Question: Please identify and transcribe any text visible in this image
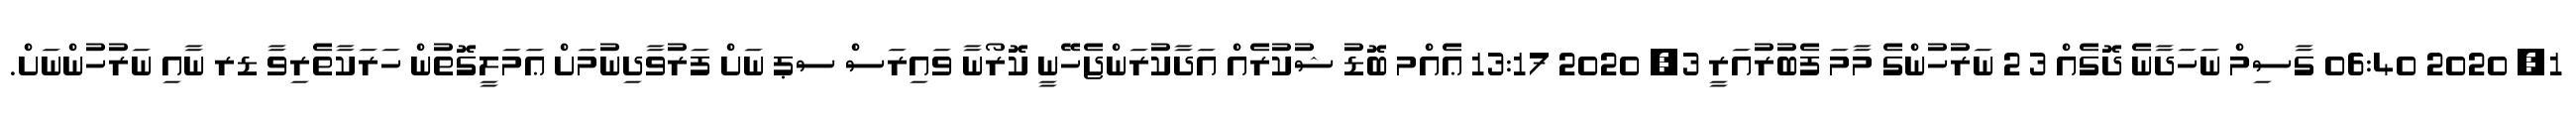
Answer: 1, 2020 06:40 ގާސިމް ނަހަދާނެ ދޮގެއް 3 2 ނަރުހުންގެ މާމަ ފެބުރުއަރީ 3, 2020 13:17 ޢެއްމ ބޮޑު ޝުކުރެއް އަދާކުރަންޖެހޭނީ ކޮރޯނާ ވައިރަސް ސޕ ނަށް ފަރުވާދިނުމަށް ޢަމަލީގޮތުން ހަރަކާތެރިވާ ޑރ ނާއި ނަރުހުންނަށް.